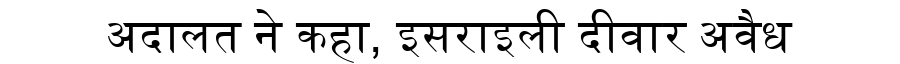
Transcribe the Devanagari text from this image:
अदालत ने कहा, इसराइली दीवार अवैध